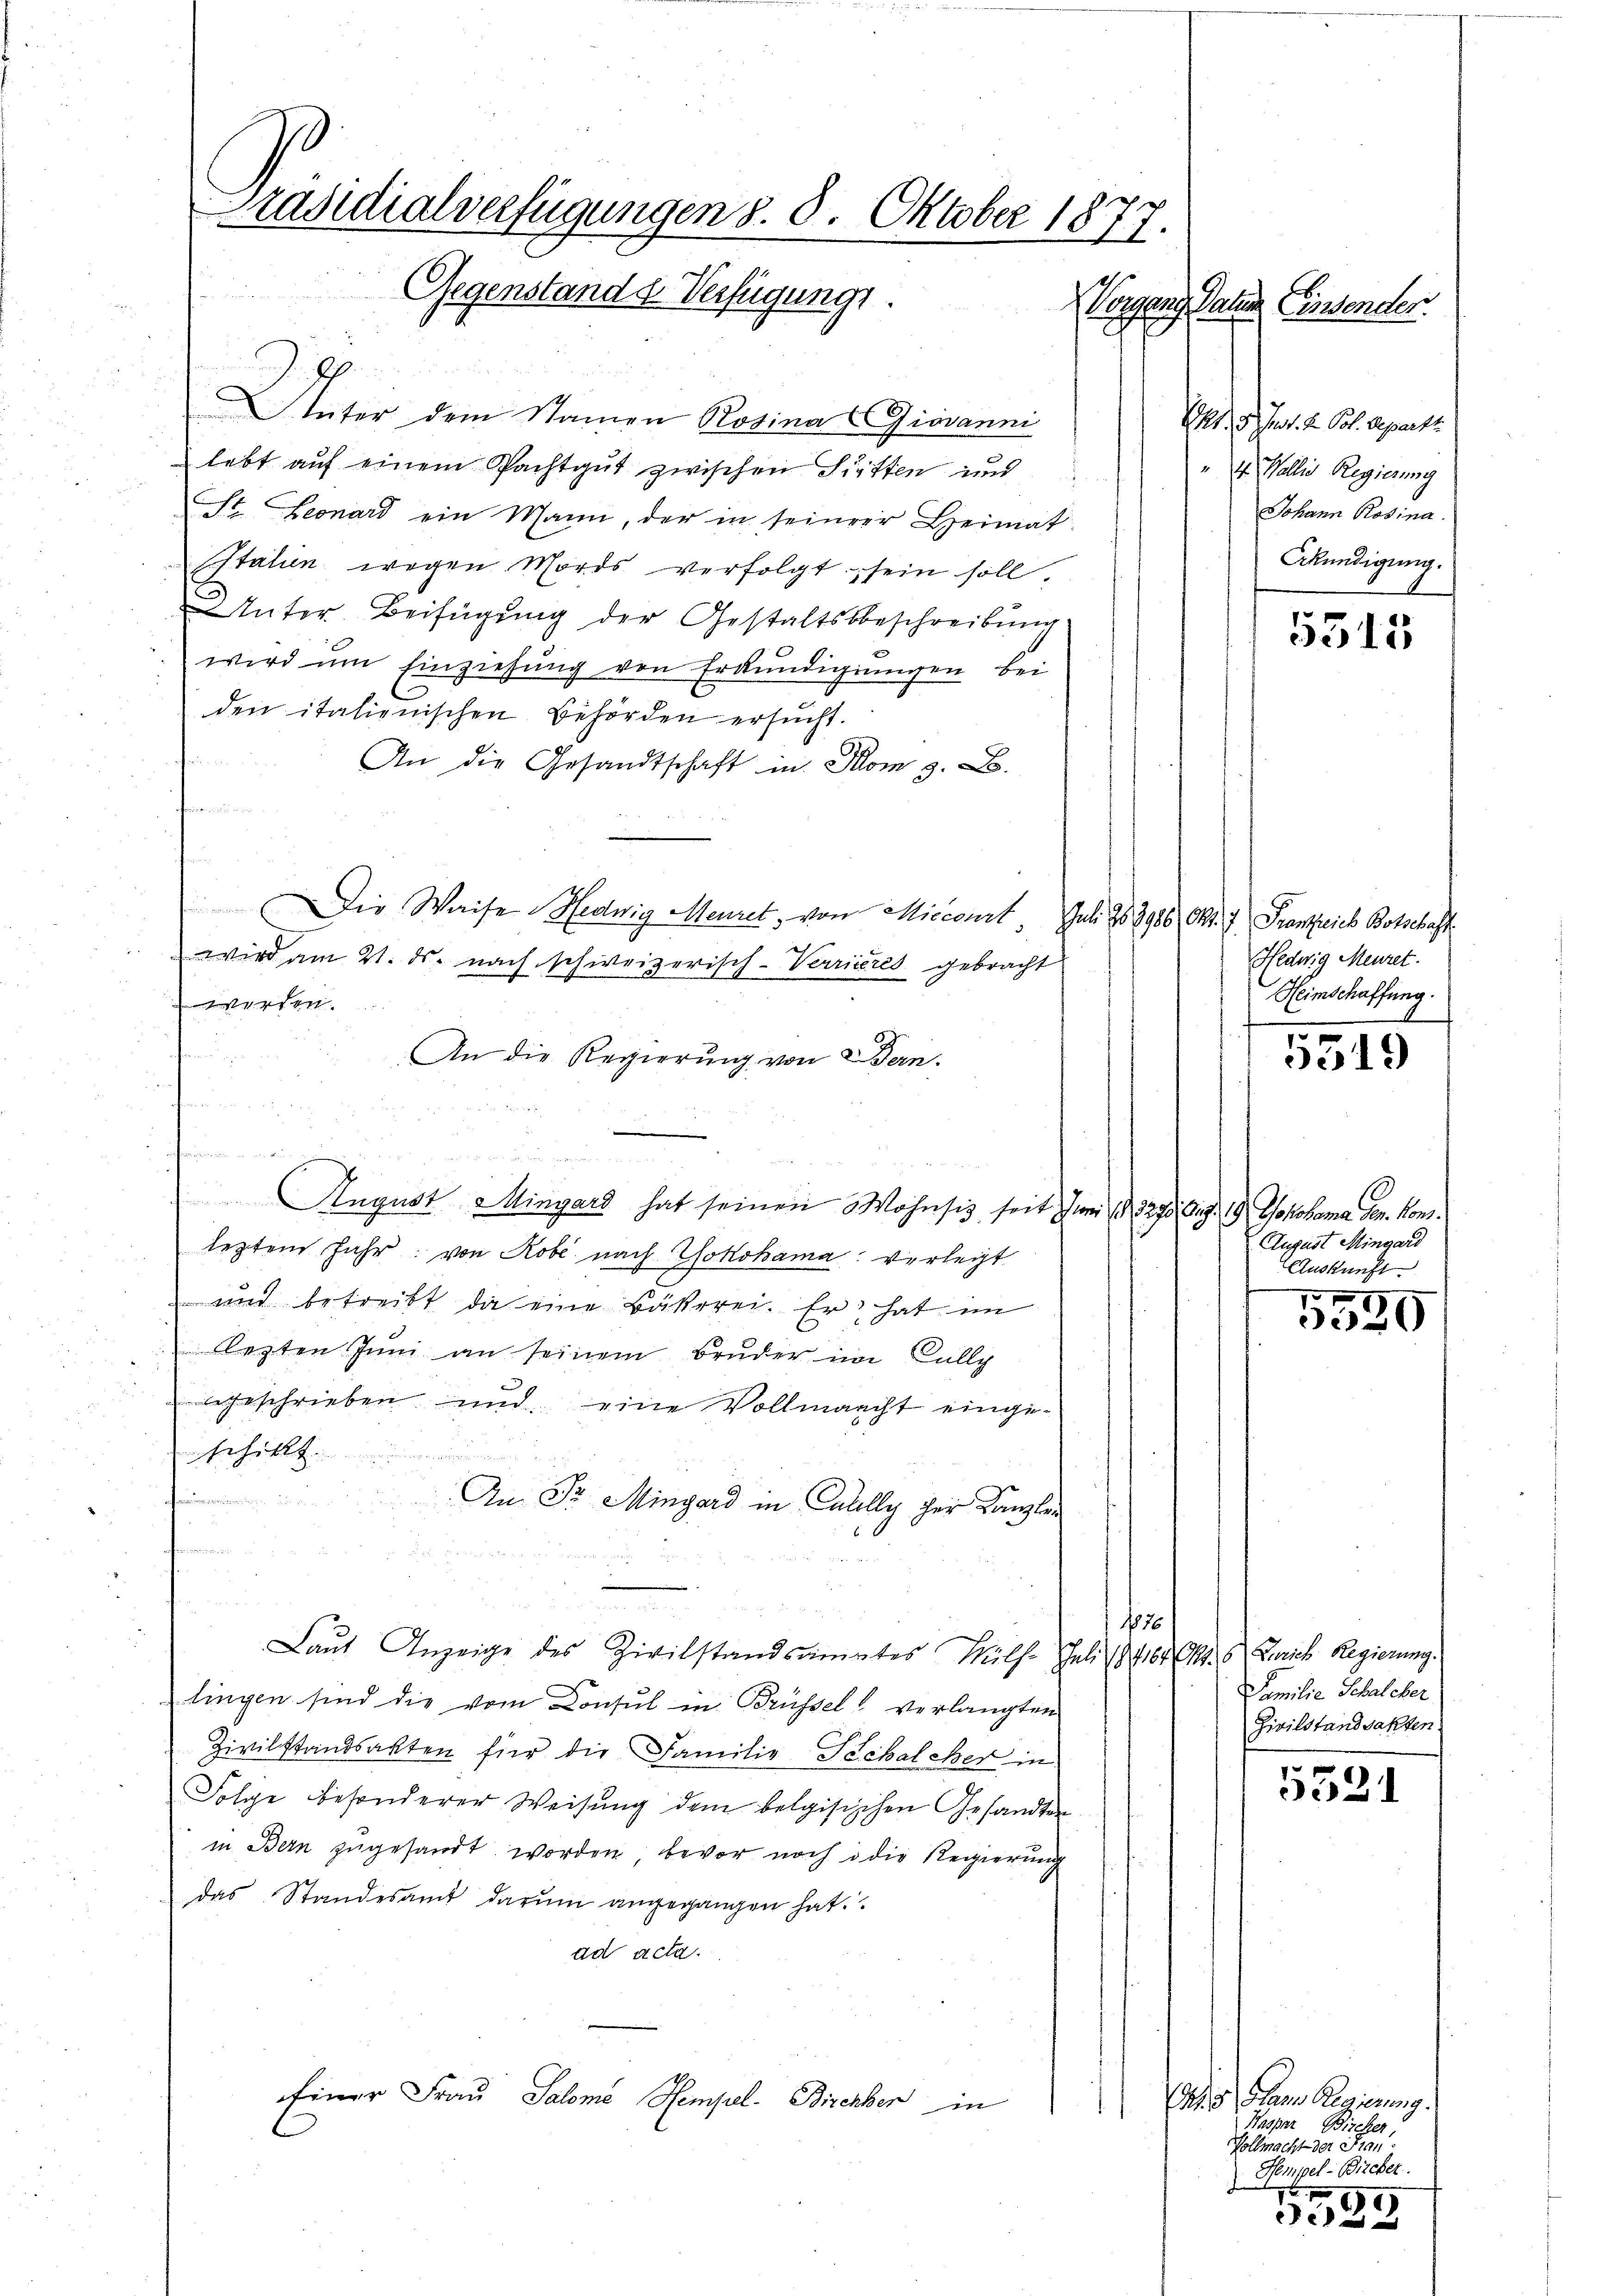
Präsidialverfügungen d. 8. Oktober 1877.
Gegenstand d. Verfügungs.
Vorgend Paten Einsender.

Unter dem Namen Rosina Giovanni
lebt auf einem Pachtgut zwischen Sitten und
St. Leonard ein Mann, der in seiner Heimat
Italien wegen Mords verfolgt sein soll,
Inter Beifügung der Gestaltsbeschreibung
wird um Einziehung von Erkundigungen bei
den italienischen Behörden ersŭcht.
An die Gesandtschaft in Dom z. B.
d
Die Waise Hedwig Meuret, von Miccourt Juli 188986 Okt. 7 Frantzeich Botschaft
wird am 21. ds. nach schweizerisch-Verrieres gebracht
werden.
An die Regierung von Bern.
.
n
 August Mingard hat seinen Wohnsis, seit Juni 188270. Aug. 19 Wokohama ven. Konlegten Jahr von Robe nach Wokohama verlegt
und betreibt, da eine Bäkerei. Er hat im
lezten Juni an seinem Bruder im Falle
egeschrieben und eine Vollmacht eingebehielt.

An Sr. Mingard in Caully her Kanzlei

e
1 1876
Laŭt Anzeige des Zivilstandsamtes Hülf. Juli 1816. Okt. 6. Zürich Regierung.
lingen sind die vom Consul in Brüssel verlangten
Zivilstandsakten für die Familie Techalcher in
Folge besonderer Weisung dem belgisischen Gesandten
in Bern zugesandt worden, bevor noch die Regierung
das Standesamt darŭm angegangen hat.
ad acta.
Einer Frau Salome Stempel- Bircher in

Mt. d. Js. d. Pol. Depart.
". Wallis Regierung
Johann Rosina.
Ekündigung.

5315

Hedwig Meuret.
Heimschaffung.
4

5319

August Mingard
Auskunft.

9
5520

Familie Schalcher
Zivilstandsakten.

5521

d. 5. Mann Regierung
Wasper, Bircher,
Vollmacht der die
Hempel- Bircher.
2
9

ila